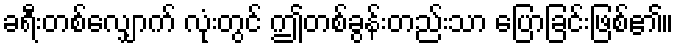
ခရီးတစ်လျှောက် လုံးတွင် ဤတစ်ခွန်းတည်းသာ ပြောခြင်းဖြစ်၏။